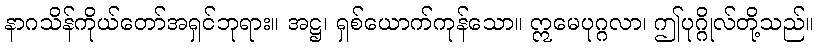
နာဂသိန်ကိုယ်တော်အရှင်ဘုရား။ အဋ္ဌ၊ ရှစ်ယောက်ကုန်သော။ ဣမေပုဂ္ဂလာ၊ ဤပုဂ္ဂိုလ်တို့သည်။